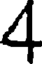
4